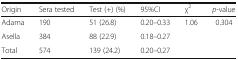
<table><thead><tr><td><b>Origin</b></td><td><b>Sera tested</b></td><td><b>Test (+) (%)</b></td><td><b>95%CI</b></td><td><b>χ<sup>2</sup></b></td><td><b><i>p</i>-value</b></td></tr></thead><tbody><tr><td>Adama</td><td>190</td><td>51 (26.8)</td><td>0.20–0.33</td><td rowspan="2">1.06</td><td rowspan="2">0.304</td></tr><tr><td>Asella</td><td>384</td><td>88 (22.9)</td><td>0.18–0.27</td></tr><tr><td>Total</td><td>574</td><td>139 (24.2)</td><td>0.20–0.27</td><td></td><td></td></tr></tbody></table>